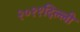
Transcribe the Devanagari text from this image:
२०११दिल्ली